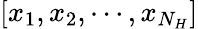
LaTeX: [x_{1},x_{2},\cdots,x_{N_{H}}]